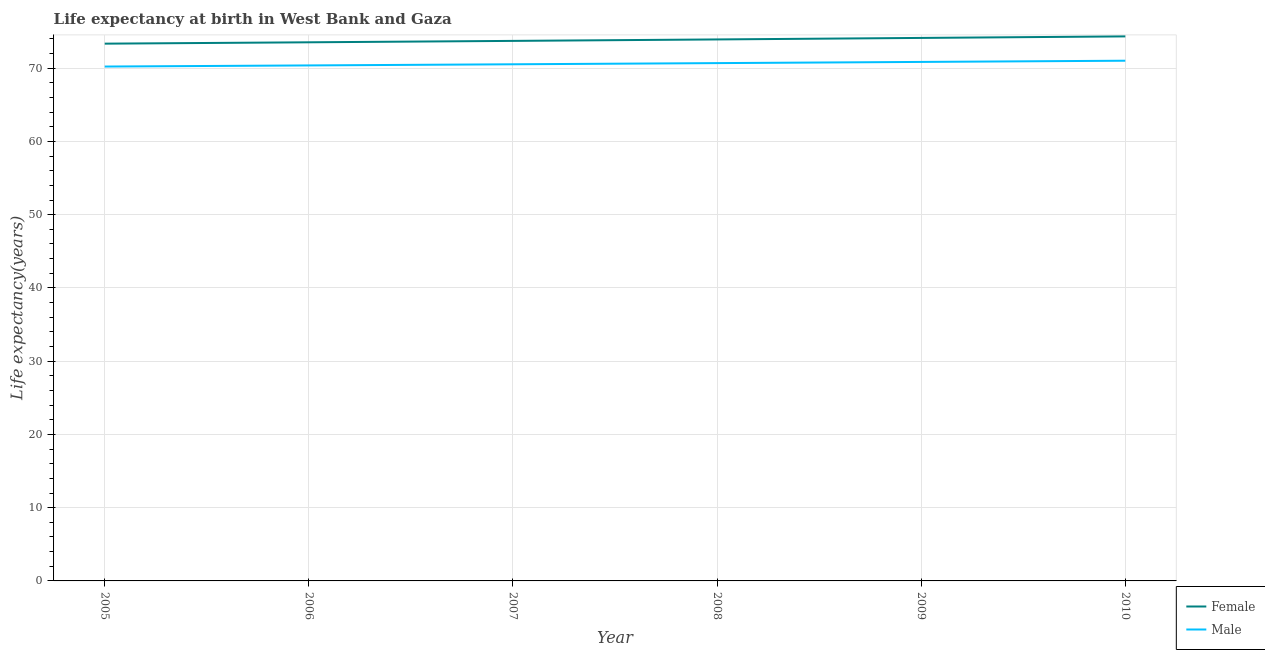
| Year | Female | Male |
 | --- | --- | --- |
 | 2005 | 73.3 | 70.2 |
 | 2006 | 73.5 | 70.4 |
 | 2007 | 73.7 | 70.5 |
 | 2008 | 73.9 | 70.7 |
 | 2009 | 74.1 | 70.9 |
 | 2010 | 74.3 | 71 |